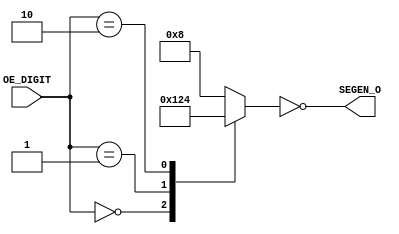
`timescale 1ns / 1ps
//////////////////////////////////////////////////////////////////////////////////
// Company: 
// Engineer: 
// 
// Design Name: 
// Module Name:    seg7en 
// Project Name: 
// Target Devices: 
// Tool versions: 
// Description: 
//
// Dependencies: 
//
// Revision: 
// Revision 0.01 - File Created
// Additional Comments: 
//
//////////////////////////////////////////////////////////////////////////////////
module seg7en(
	OE_DIGIT,
	SEGEN_O   
	);

	input   [1:0]   OE_DIGIT;
	output  [3:0]   SEGEN_O;
	
	reg     [3:0]   SEGEN;

	always @(OE_DIGIT)

   begin
		case (OE_DIGIT)
			2'b00   : SEGEN <= 4'b0001;
			2'b01   : SEGEN <= 4'b0010;
			2'b10   : SEGEN <= 4'b0100;

         default : SEGEN <= 4'b1000;

         endcase

     end
	assign SEGEN_O = ~SEGEN;

endmodule